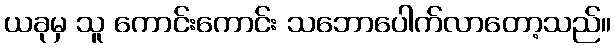
ယခုမှ သူ ကောင်းကောင်း သဘောပေါက်လာတော့သည်။